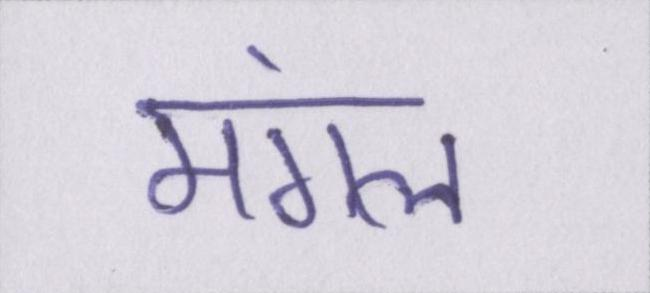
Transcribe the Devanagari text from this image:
मंगल